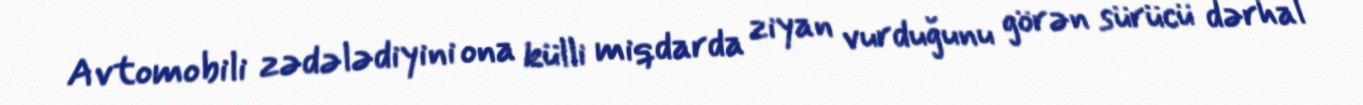
Avtomobili zədələdiyini ona külli miqdarda ziyan vurduğunu görən sürücü dərhal